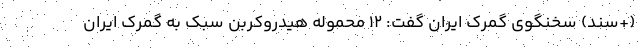
(+سند) سخنگوی گمرک ایران گفت: ۱۲ محموله هیدروکربن سبک به گمرک ایران